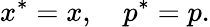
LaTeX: x^{\ast}=x,\quad p^{\ast}=p.